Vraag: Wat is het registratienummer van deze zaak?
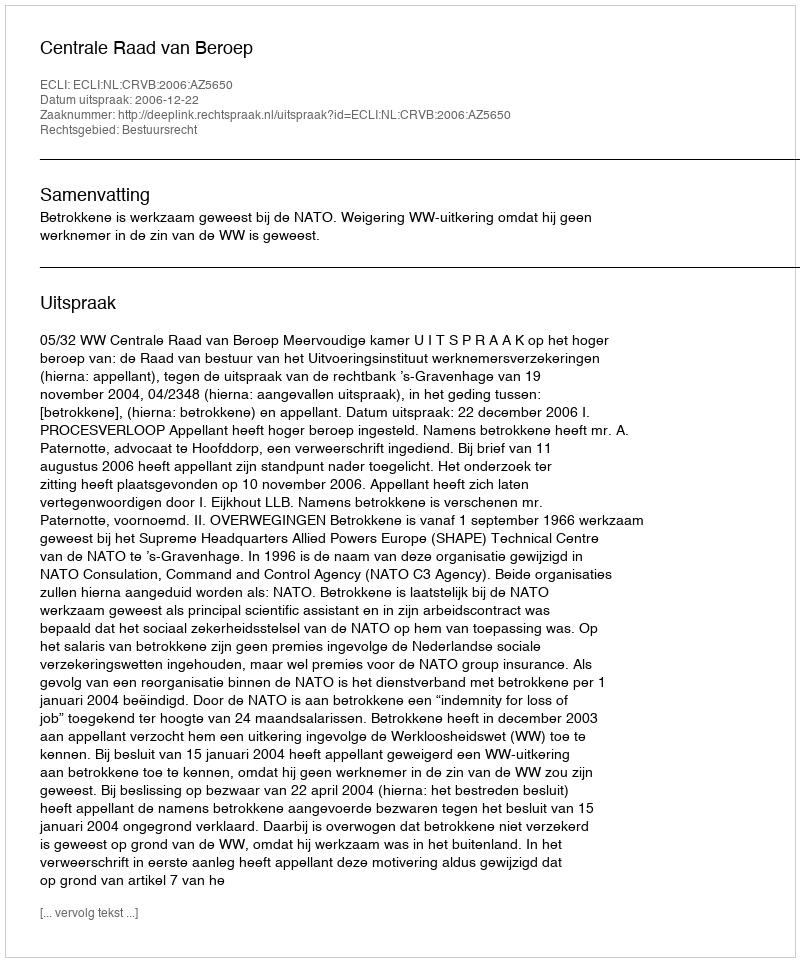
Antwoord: http://deeplink.rechtspraak.nl/uitspraak?id=ECLI:NL:CRVB:2006:AZ5650